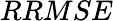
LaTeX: RRMSE